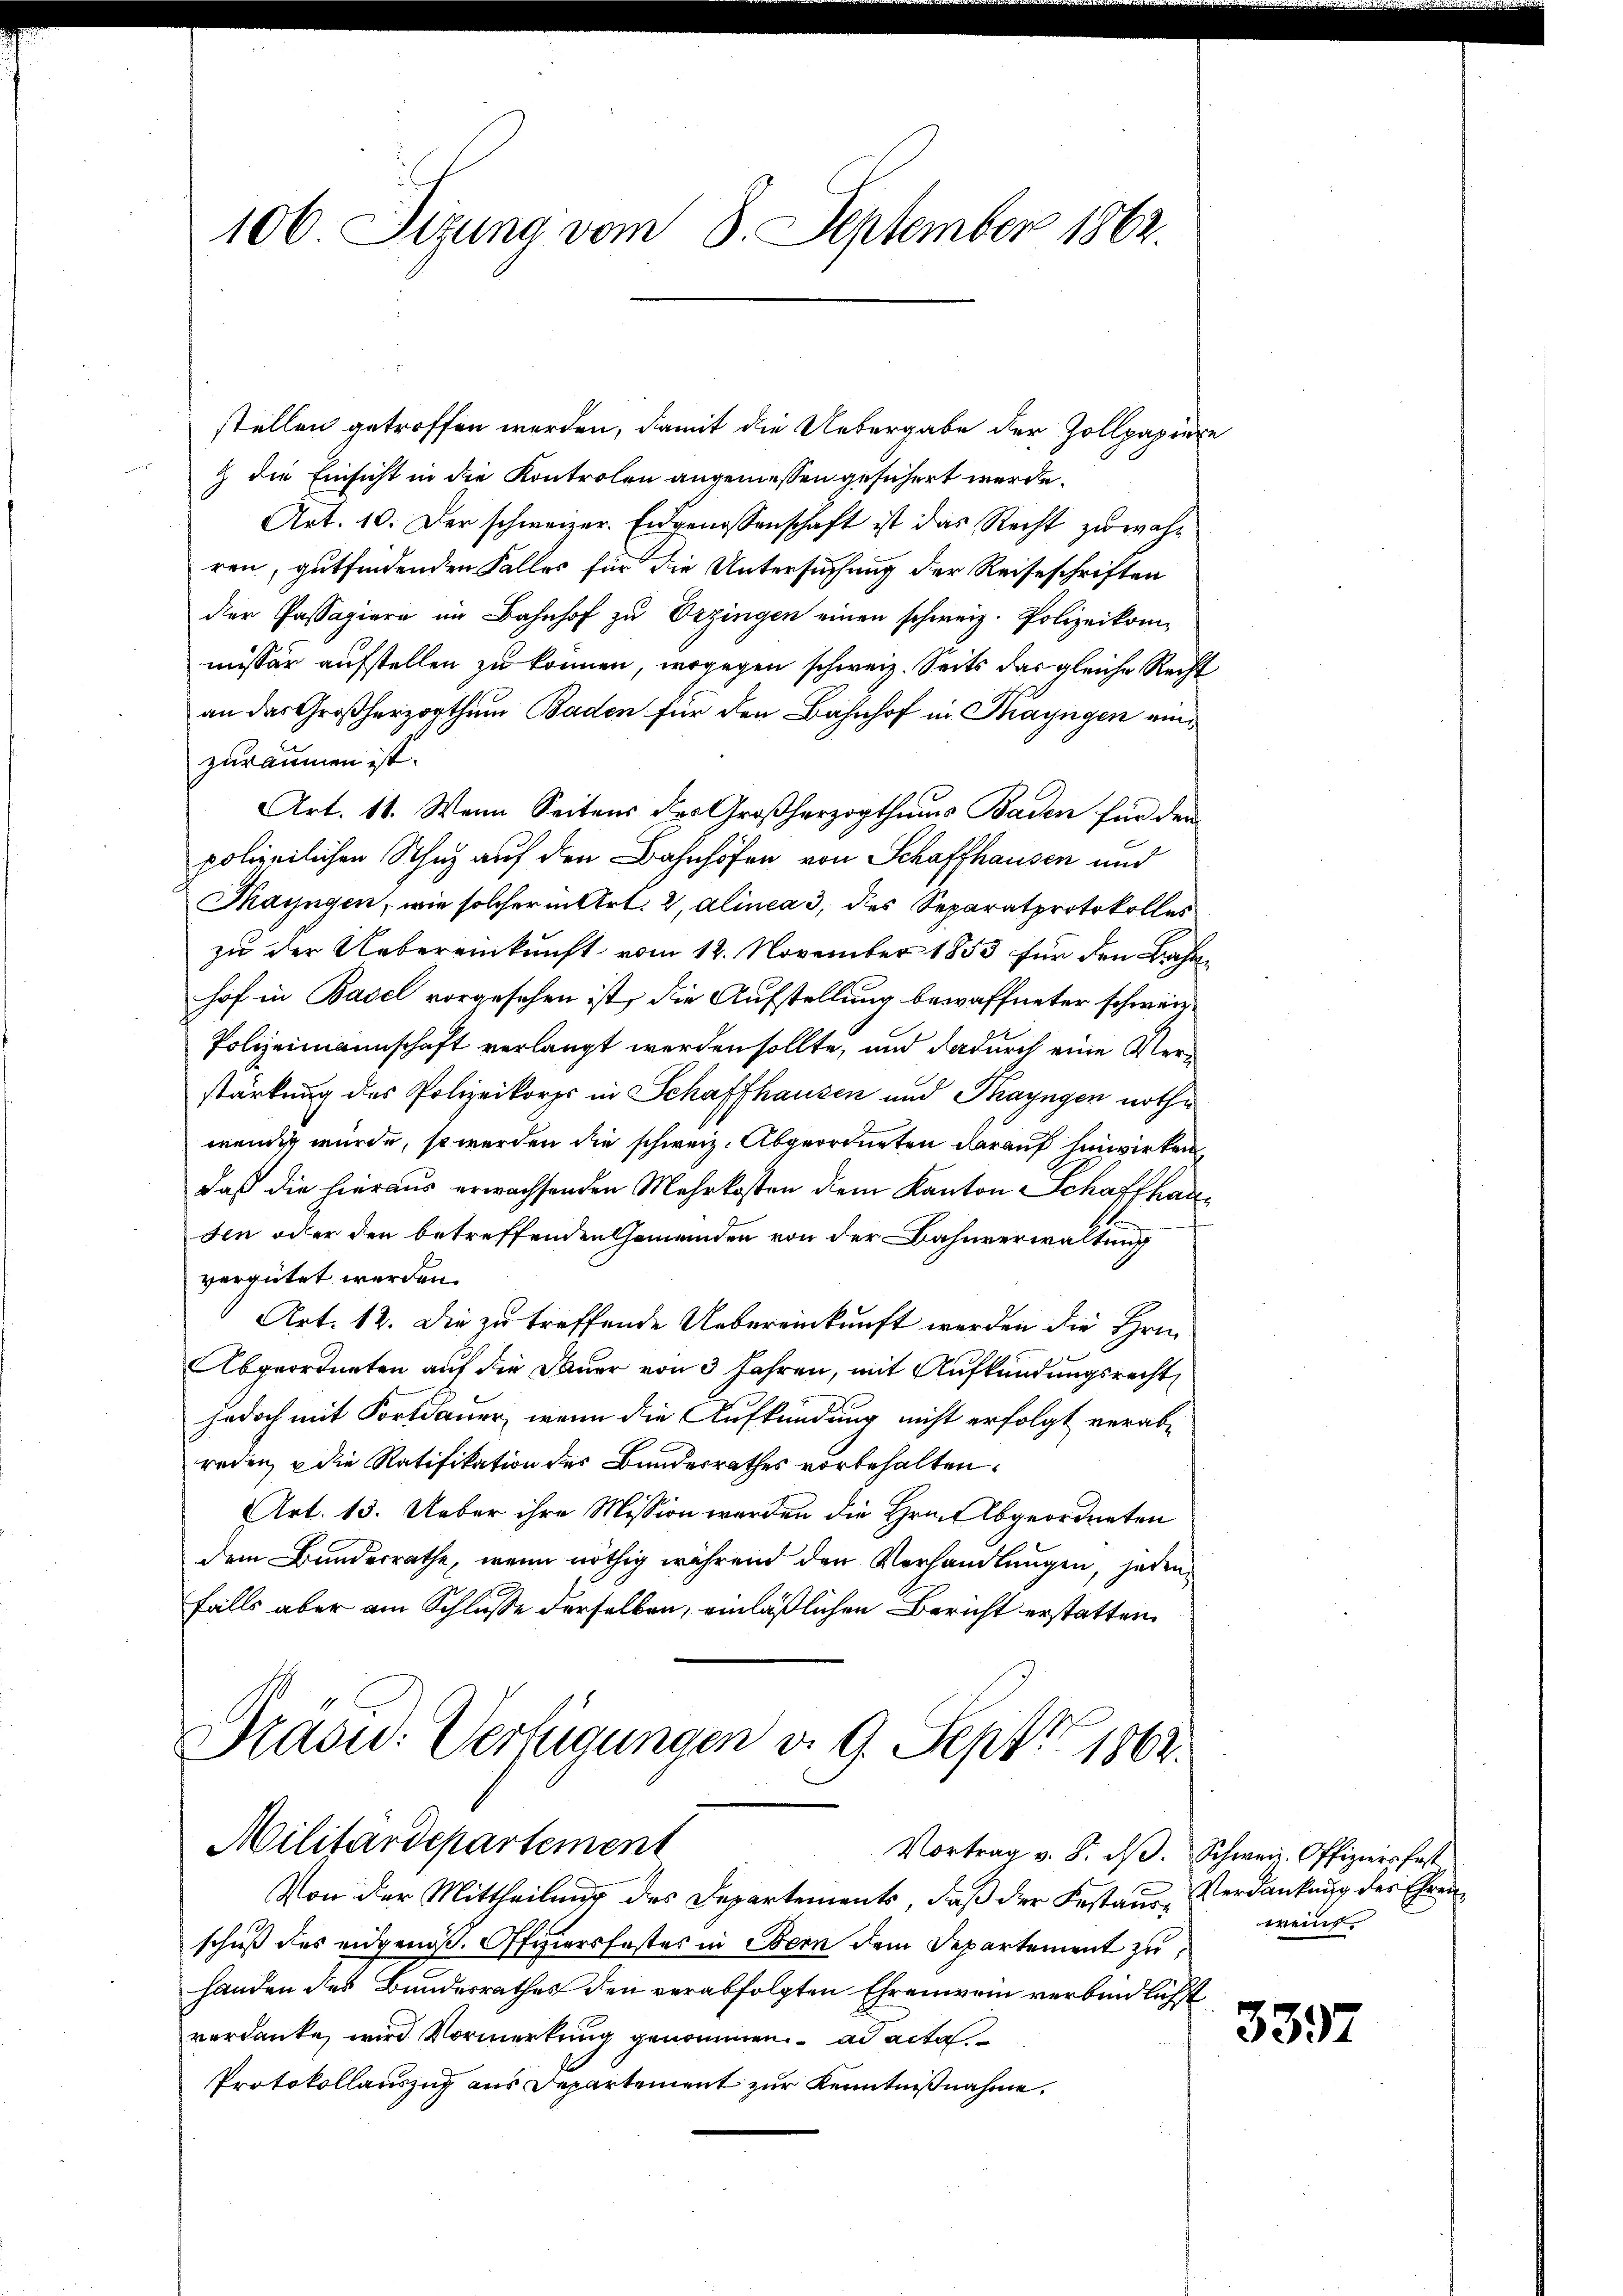
106. Sizung vom 8. September 1862.

stellen getroffen werden, damit die Uebergabe der Zollpapiere
 die Einsicht in die Kontrolen angemessen gesichert werde.
Art. 10. Der schweizer. Eidgenossenschaft ist das Recht zu wahr
ren, gutfindenden Falles für die Untersuchung der Reiseschriften
der Passagiere im Bahnhof zu Erzingen einen schweiz. Polizeikom-
missär aufstellen zu können, wogegen schweiz. Seits dar gleiche Recht
an das Großherzogthum Baden für den Bahnhof in Thayngen emzuräumen ist.
Art. 11. Wenn Seitens des Großherzogthums Baden für den
polizeilichen Schutz auf den Bahnhöfen von Schaffhausen und
Mayngen, wie solcher in Art. 2, alinea 3 des Separatprotokolles
zu der Uebereinkunft vom 12. November 1853 für den Bahnhof in Basel vorgesehen ist, die Aufstellung bewaffneter schweiz
Polizeimannschaft verlangt werden sollte, und dadurch eine Verstärkung des Polizeikorps in Schaffhausen und Thayngen nothwendig wurde, so werden die schweiz. Abgeordneten darauf hinwirken,
daß die hieraus erwachsenden Mehrkosten dem Kanton Schaffhausen oder den betreffenden Gemeinden von der Bahnverwaltung
vergütet werden.
Art. 12. Die zu treffende Uebereinkunft werden die Hrn.
Abgeordneten auf die Dauer von 3 Jahren, mit Aufkündungsrecht
jedoch mit Fortdauer, wenn die Aufkündung nicht erfolgt verab-
reden, u die Ratifikation des Bundesrathes vorbehalten.
Art. 13. Ueber ihre Mission werden die Hrn. Abgeordneten
dem Bundesrathe, wenn nöthig während den Verhandlungen, jeden
falls aber am Schlusse derselben, einläßlichen Bericht erstatten.
Drasw. Verfügungen v. 9. Sept. 1862.

Militärdepartement
Vortrag v. 8. dβ. Schweiz. Offiziers fast

Von der Mittheilung des Departements, daß der Festand Verdankung der Ehren
schuß des eidgenöß. Offiziersfestes in Obern dem Departement zu
handen des Bundesrathes den verabfolgten Ehrenwein verbindlichst
verdanke, wird Vormerkung genommen. ad acta
Protokollauszug aus Departement zur Kenntnißnahme.

weint

3397